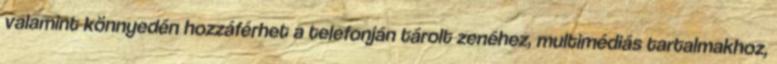
valamint könnyedén hozzáférhet a telefonján tárolt zenéhez, multimédiás tartalmakhoz,